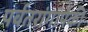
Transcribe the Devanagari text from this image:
पर्वतरांगांपैकी